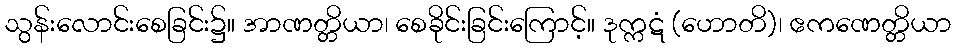
သွန်းလောင်းစေခြင်း၌။ အာဏတ္တိယာ၊ စေခိုင်းခြင်းကြောင့်။ ဒုက္ကဋံ (ဟောတိ)၊ ဧကဏေတ္တိယာ